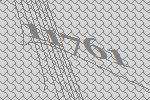
11761